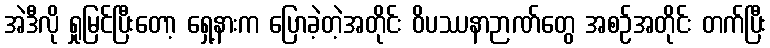
အဲဒီလို ရှုမြင်ပြီးတော့ ရှေ့နားက ပြောခဲ့တဲ့အတိုင်း ဝိပဿနာဉာဏ်တွေ အစဉ်အတိုင်း တက်ပြီး